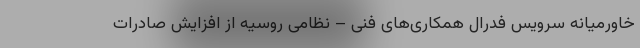
خاورمیانه سرویس فدرال همکاری‌های فنی – نظامی روسیه از افزایش صادرات